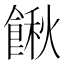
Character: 𩝋